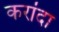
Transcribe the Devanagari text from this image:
करांदा